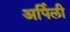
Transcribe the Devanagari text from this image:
अर्पिली